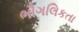
ભૌગલિકતા